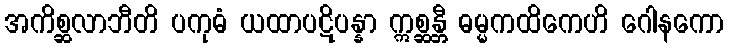
အကိစ္ဆလာဘီတိ ပကုဓံ ယထာပဋိပန္နာ ဣစ္ဆန္တီ ဓမ္မကထိကေဟိ ဂေါနကော